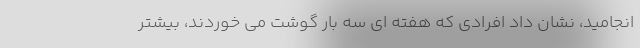
انجامید، نشان داد افرادی که هفته ای سه بار گوشت می خوردند، بیشتر